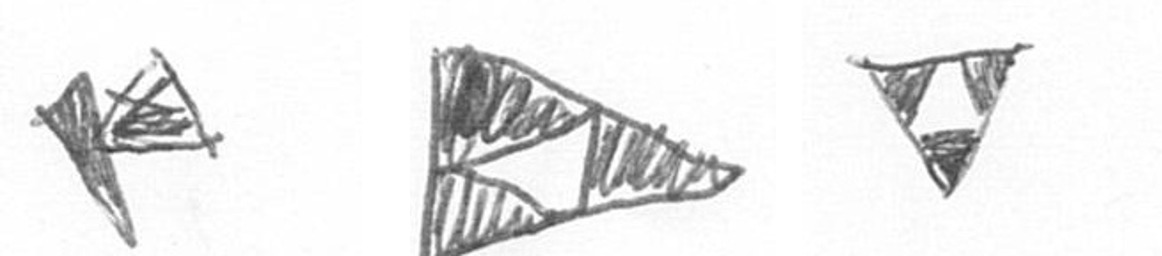
F K S